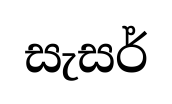
සැසර්